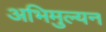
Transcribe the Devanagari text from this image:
अभिमुल्यन